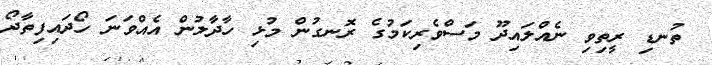
ތުނޑި ރީތިވި ނެއްލައިދޫ މަސްވެރިކަމުގެ ރޮނގުން މުޅި ހާދާލުން އެއްވަނަ ހޯދައިފިތާދޯ